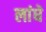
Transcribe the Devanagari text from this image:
लांघे